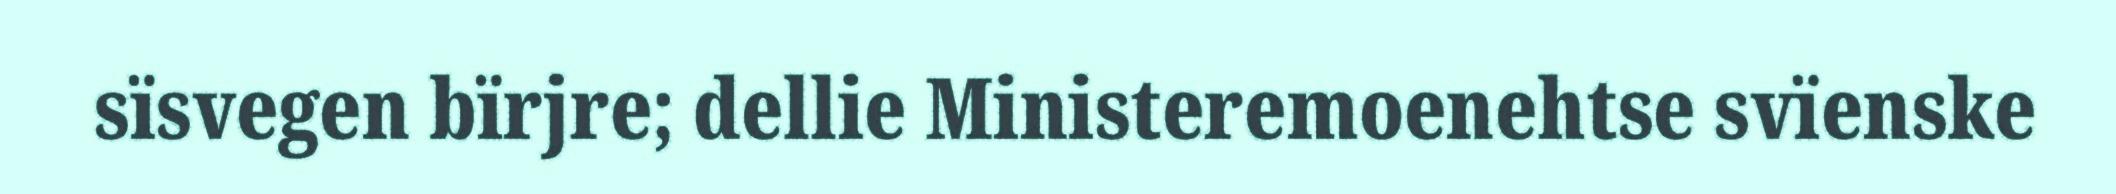
sïsvegen bïrjre; dellie Ministeremoenehtse svïenske